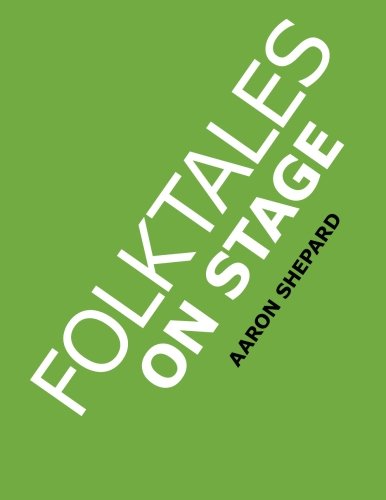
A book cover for Folktales on Stage: Children's Plays for Readers Theater, with 16 Reader's Theatre Play Scripts from World Folk and Fairy Tales and Legends, Including Asian, African, Middle Eastern, & Native American; Aaron Shepard; Literature & Fiction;